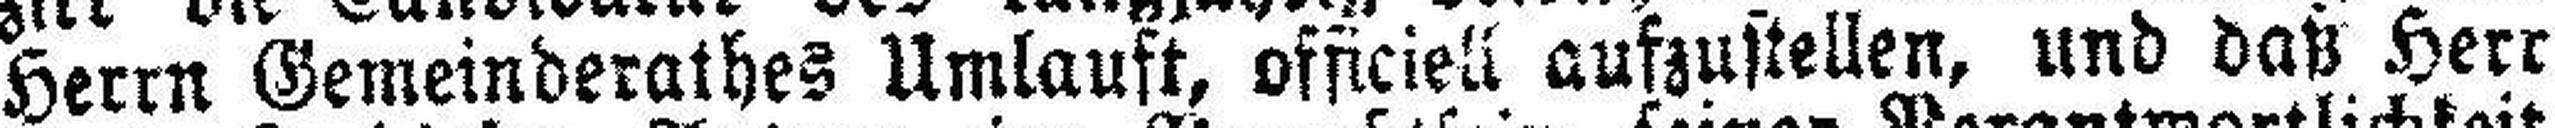
Herrn Gemeinderathes Umlaust, offieiell aufzustellen, und daß Herr